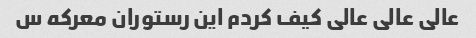
عالی عالی عالی کیف کردم این رستوران معرکه س